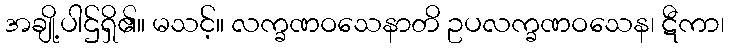
အချို့ပါဌ်ရှိ၏။ မသင့်။ လက္ခဏဝသေနာတိ ဥပလက္ခဏဝသေန၊ ဋီကာ၊